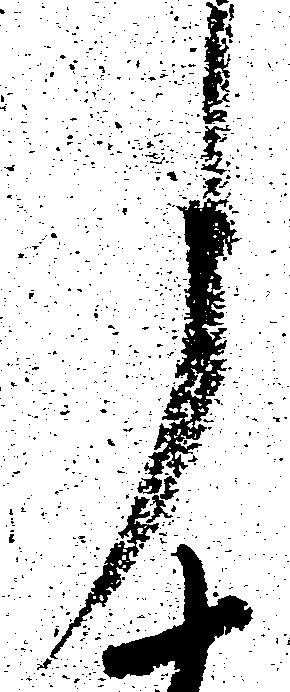
月